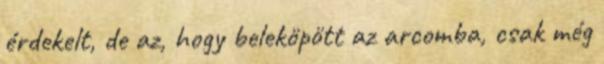
érdekelt, de az, hogy beleköpött az arcomba, csak még